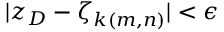
| z _ { D } - \zeta _ { k ( m , n ) } | < \epsilon